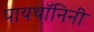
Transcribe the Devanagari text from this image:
पायथॉनिनी